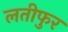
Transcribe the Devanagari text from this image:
लतीफुर